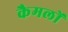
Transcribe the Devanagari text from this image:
कैमलों